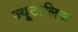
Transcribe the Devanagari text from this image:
ज्यूटालिक